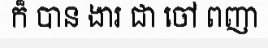
ក៏ បាន ងារ ជា ចៅ ពញា